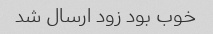
خوب بود زود ارسال شد